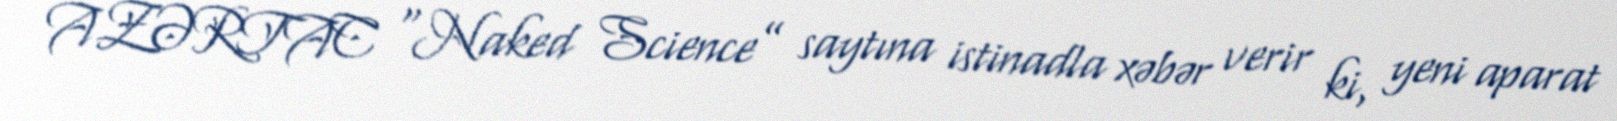
AZƏRTAC “Naked Science” saytına istinadla xəbər verir ki, yeni aparat